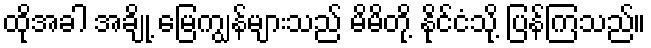
ထိုအခါ အချို့ မြေကျွန်များသည် မိမိတို့ နိုင်ငံသို့ ပြန်ကြသည်။